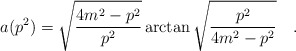
\begin{align*}a(p^{2}) = \sqrt{\frac{4m^{2}-p^{2}}{p^{2}}} \arctan \sqrt{\frac{p^{2}}{4m^{2}-p^{2}}} \quad .\end{align*}